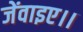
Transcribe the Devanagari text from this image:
जेंवाइए।।